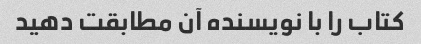
کتاب را با نویسنده آن مطابقت دهید